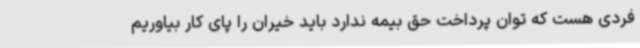
فردی هست که توان پرداخت حق بیمه ندارد باید خیران را پای کار بیاوریم